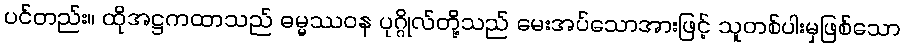
ပင်တည်း။ ထိုအဋ္ဌကထာသည် ဓမ္မဿဝန ပုဂ္ဂိုလ်တို့သည် မေးအပ်သောအားဖြင့် သူတစ်ပါးမှဖြစ်သော